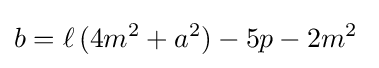
b=\ell \,(4m^{2}+a^{2})-5p-2m^{2}\;